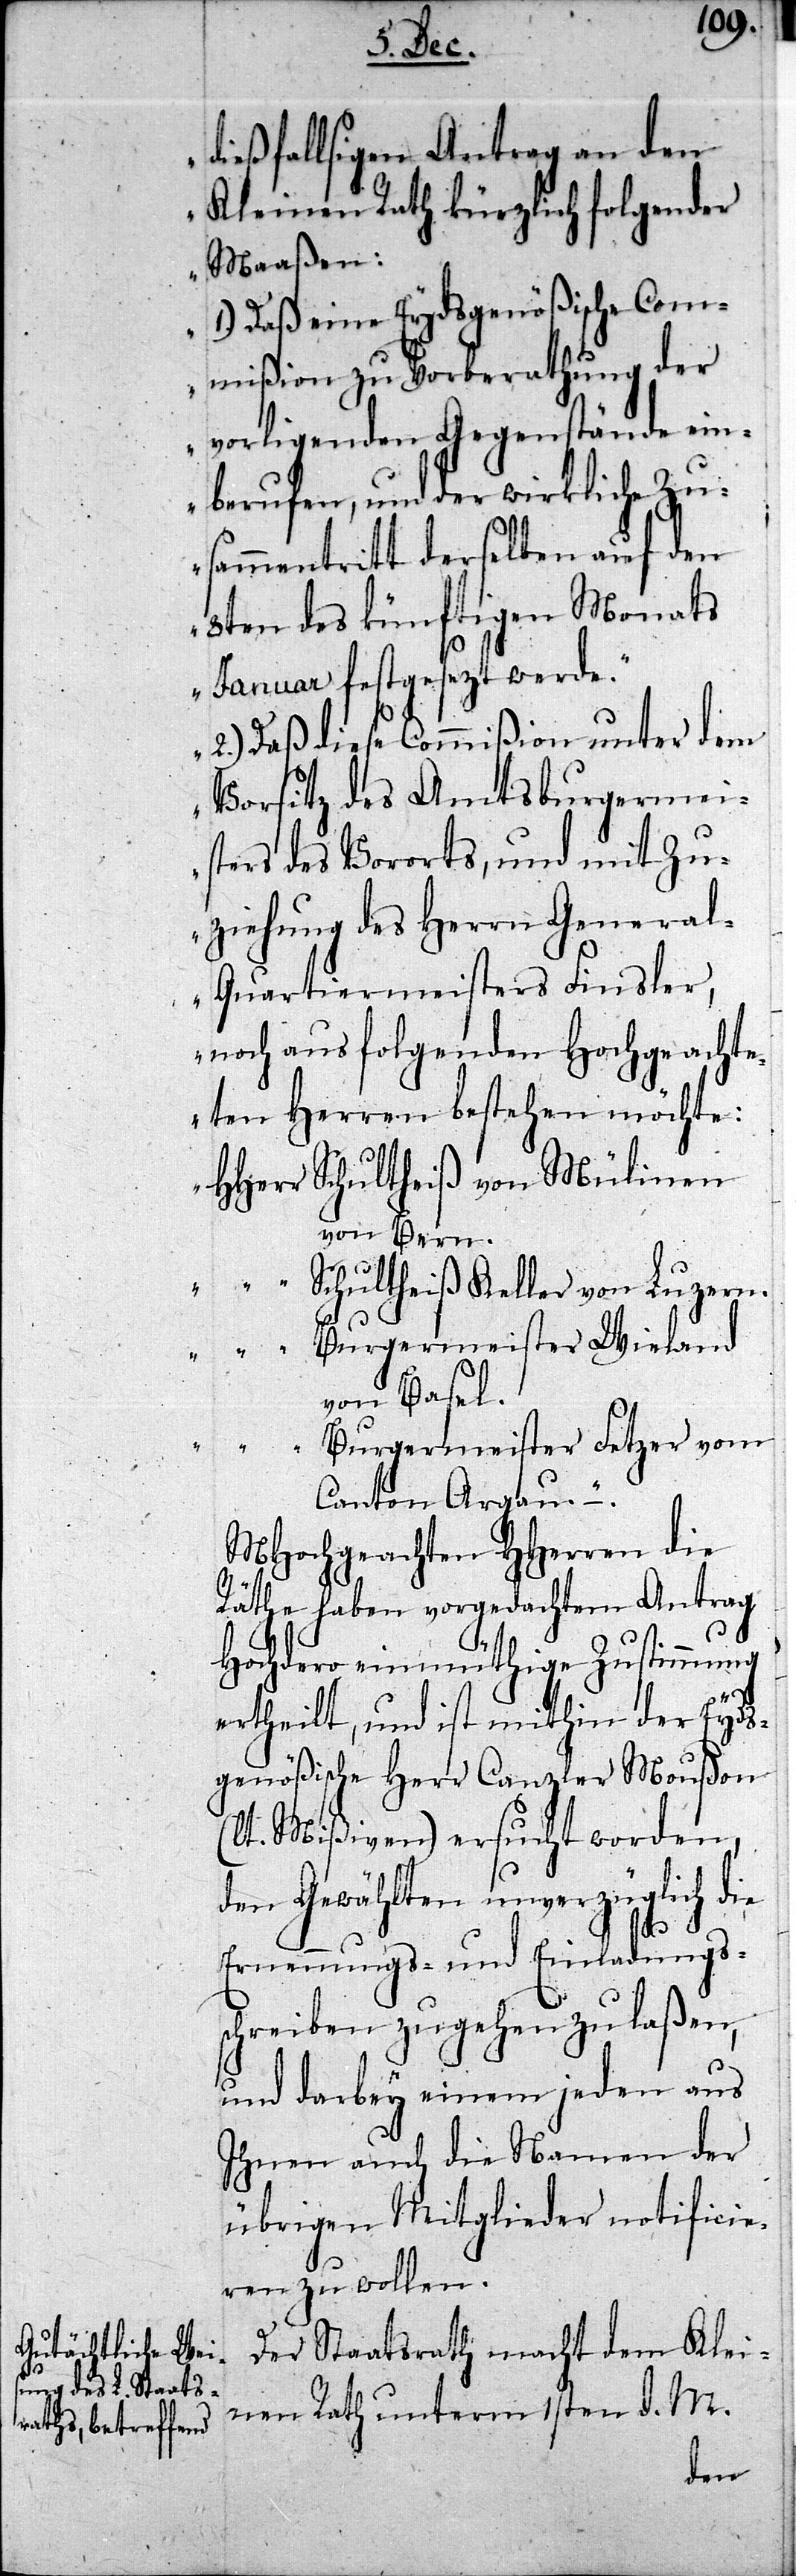
dießfallsigen Antrag an den
Kleinen Rath kürzlich folgender
Maaßen:
1.) Daß eine Eydsgenößische Com¬
mißion zu Vorberathung der
vorligenden Gegenstände ein¬
berufen, und der wirkliche Zu¬
sammentritt derselben auf den
8ten des künftigen Monats
Januar festgesezt werde.
2.) Daß diese Commißion unter dem
Vorsitz des Amtsburgermei¬
sters des Vororts, und mit Zu¬
ziehung des Herrn Genera¬
l-Quartiermeisters Finsler,
noch aus folgenden Hochgeachte¬
ten Herren bestehen möchte:
HHerr	Schultheiß von Mülinen
von Bern.
„	Schultheiß Keller von Luzern.
„	Burgermeister Wieland
von Basel.
„	Burgermeister Fetzer vom
Canton Aargau –.“
MHochgeachten HHerren die
Räthe haben vorgedachtem Antrag
Hochdero einmüthige Zustimmung
ertheilt, und ist mithin der Eyds¬
genößische Herr Canzler Moußon
(lt. Mißiven) ersucht worden,
den Gewählten unverzüglich die
Ernennungs- und Einladungs¬
schreiben zugehen zu laßen,
und darbey einem jeden aus
Ihnen auch die Namen der
übrigen Mitglieder notificie¬
ren zu wollen.
Der Staatsrath macht dem Klei¬
nen Rath unterm 1sten d. M.